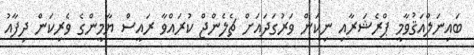
ބައިނަލްއަޤުވާމީ ޕްރެޝަރާއި ނިކަން ވަރުގަދައަށް ޗެލެންޖް ކުރައްވާ ރައީސް ޔާމީންގެ ވެރިކަން ދިފާއު